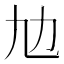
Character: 𠠵